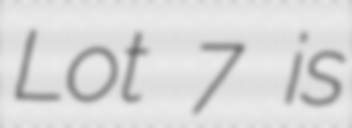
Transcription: Lot 7 is